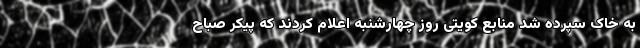
به خاک سپرده شد منابع کویتی روز چهارشنبه اعلام کردند که پیکر صباح